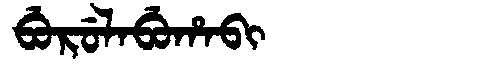
Manchu: ᠪᡠᡵᡠᠯᠠᠪᡠᡥᠠᠪᡳ
Romanization: BURULABUHABI